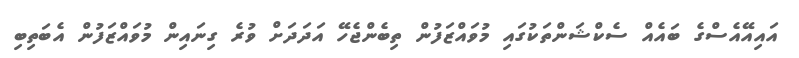
އައިއޭއެސްގެ ބައެއް ސެކްޝަންތަކުގައި މުވައްޒަފުން ތިބެންޖެހޭ އަދަދަށް ވުރެ ގިނައިން މުވައްޒަފުން އެބަތިބި